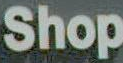
Shop